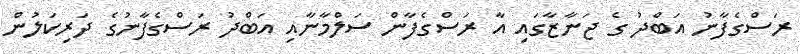
ރަސްގެފާނު އަބްދު ގެ ޖަނާޒާގައި އާ ރަސްގެފާން ސަލްމާނާއި އަބްދު ރަސްގެފާނުގެ ދަރިކަލުން